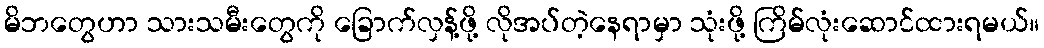
မိဘတွေဟာ သားသမီးတွေကို ခြောက်လှန့်ဖို့ လိုအပ်တဲ့နေရာမှာ သုံးဖို့ ကြိမ်လုံးဆောင်ထားရမယ်။